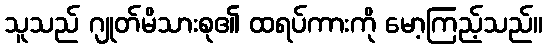
သူသည် ဂျုတ်မိသားစု၏ ထရပ်ကားကို မော့ကြည့်သည်။